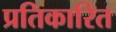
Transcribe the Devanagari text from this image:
प्रतिकारित